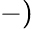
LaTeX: -)